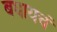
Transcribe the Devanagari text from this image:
बघायचं